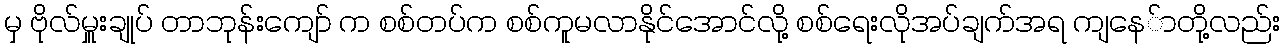
မှ ဗိုလ်မှူးချုပ် တာဘုန်းကျော် က စစ်တပ်က စစ်ကူမလာနိုင်အောင်လို့ စစ်ရေးလိုအပ်ချက်အရ ကျနေ်ာတို့လည်း